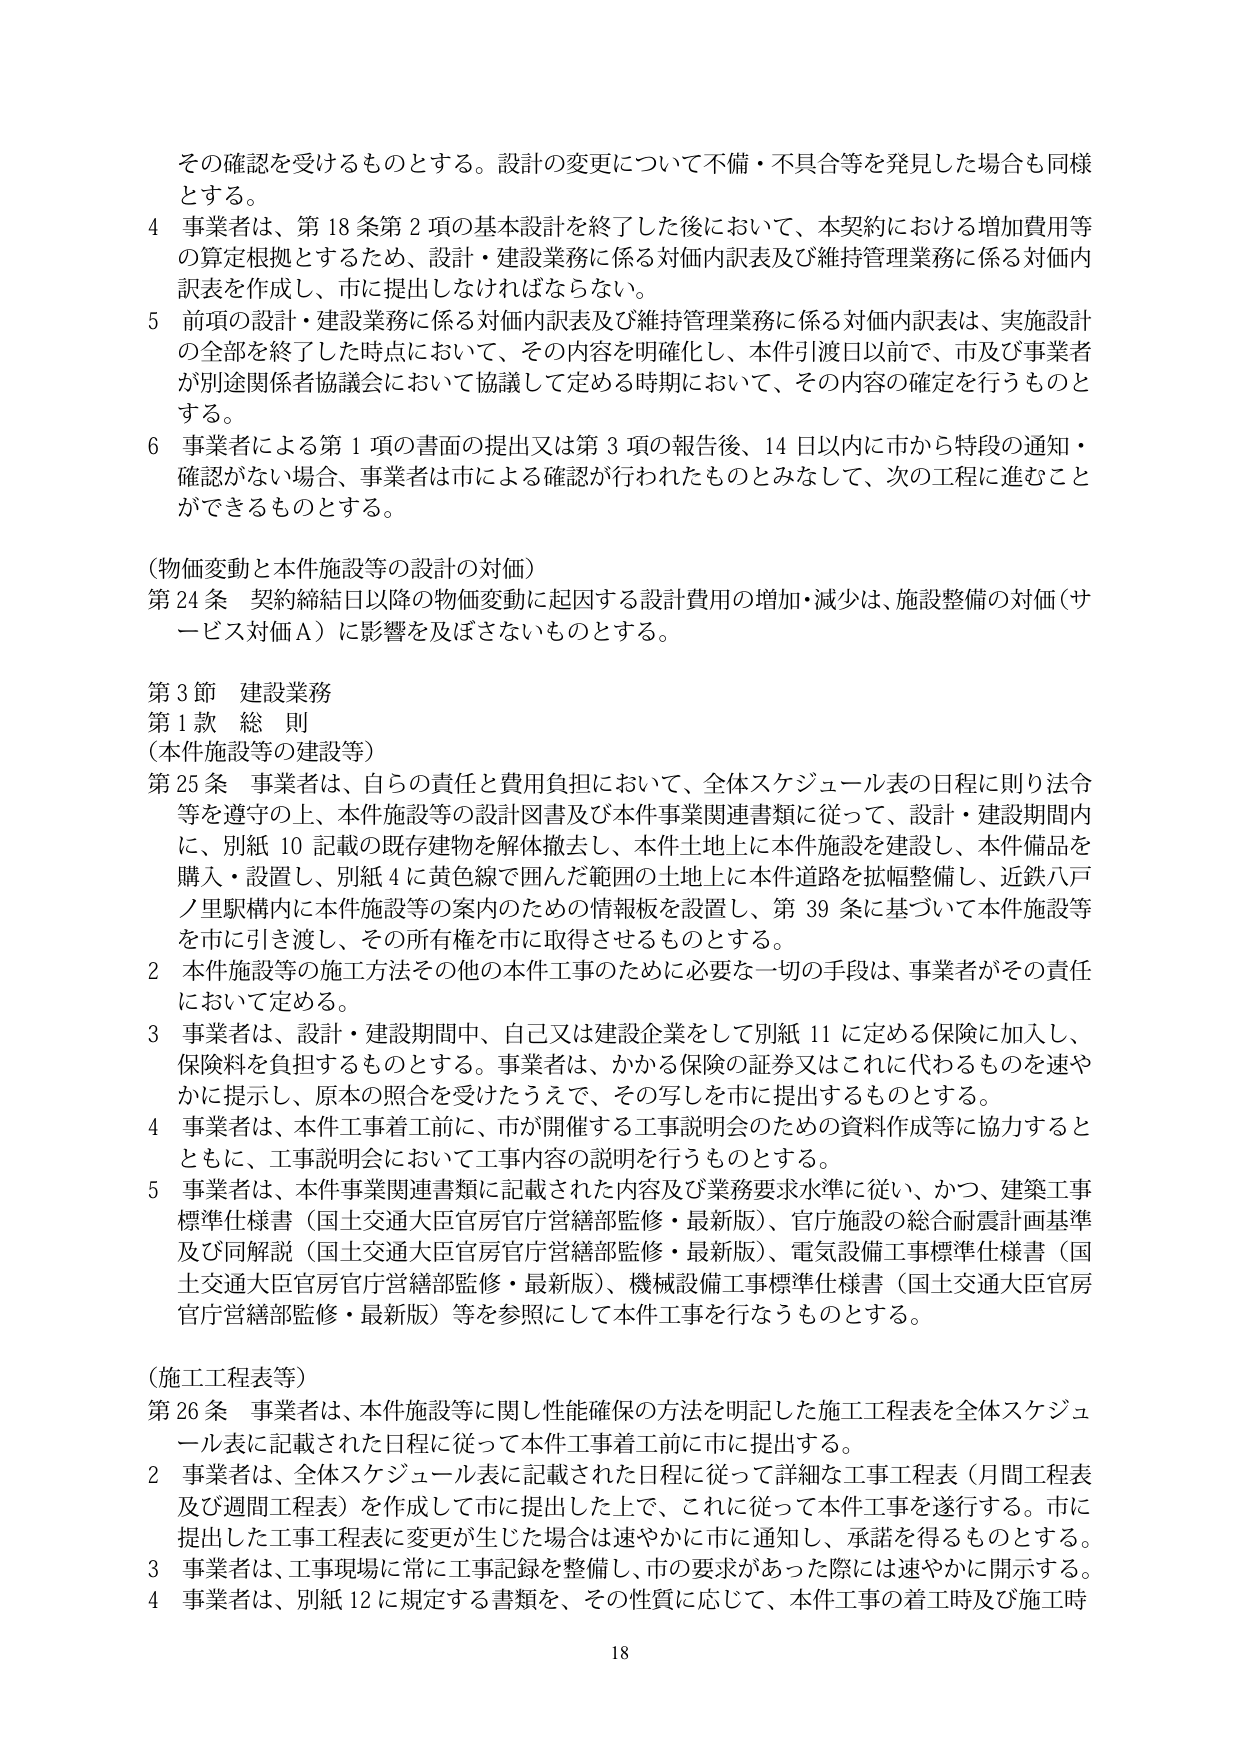
その確認を受けるものとする。設計の変更について不備・不具合等を発見した場合も同様とする。

4 事業者は、第18条第2項の基本設計を終了した後において、本契約における増加費用等の算定根拠とするため、設計・建設業務に係る対価内訳表及び維持管理業務に係る対価内訳表を作成し、市に提出しなければならない。

5 前項の設計・建設業務に係る対価内訳表及び維持管理業務に係る対価内訳表は、実施設計の全部を終了した時点において、その内容を明確化し、本件引渡日以前で、市及び事業者が別途関係者協議会において協議して定める時期において、その内容の確定を行うものとする。

6 事業者による第1項の書面の提出又は第3項の報告後、14日以内に市から特段の通知・確認がない場合、事業者は市による確認が行われたものとみなして、次の工程に進むことができるものとする。

（物価変動と本件施設等の設計の対価）
第24条 契約締結日以降の物価変動に起因する設計費用の増加・減少は、施設整備の対価（サービス対価A）に影響を及ぼさないものとする。

第3節 建設業務
第1款 総則
（本件施設等の建設等）
第25条 事業者は、自らの責任と費用負担において、全体スケジュール表の日程に則り法令等を遵守の上、本件施設等の設計図書及び本件事業関連書類に従って、設計・建設期間内に、別紙10記載の既存建物を解体撤去し、本件土地上に本件施設を建設し、本件備品を購入・設置し、別紙4に黄色線で囲んだ範囲の土地上に本件道路を拡幅整備し、近鉄八戸ノ里駅構内に本件施設等の案内のための情報板を設置し、第39条に基づいて本件施設等を市に引き渡し、その所有権を市に取得させるものとする。

2 本件施設等の施工方法その他本件工事のために必要な一切の手段は、事業者がその責任において定める。

3 事業者は、設計・建設期間中、自己又は建設企業として別紙11に定める保険に加入し、保険料を負担するものとする。事業者は、かかる保険の証券又はこれに代わるものを速やかに提示し、原本の照合を受けたうえで、その写しを市に提出するものとする。

4 事業者は、本件工事着工前に、市が開催する工事説明会のための資料作成等に協力するとともに、工事説明会において工事内容の説明を行うものとする。

5 事業者は、本件事業関連書類に記載された内容及び業務要求水準に従い、かつ、建築工事標準仕様書（国土交通大臣官房官庁営繕部監修・最新版）、官庁施設の総合耐震計画基準及び同解説（国土交通大臣官房官庁営繕部監修・最新版）、電気設備工事標準仕様書（国土交通大臣官房官庁営繕部監修・最新版）、機械設備工事標準仕様書（国土交通大臣官房官庁営繕部監修・最新版）等を参照にして本件工事を行うものとする。

（施工工程表等）
第26条 事業者は、本件施設等に関し性能確保の方法を明記した施工工程表を全体スケジュール表に記載された日程に従って本件工事着工前に市に提出する。

2 事業者は、全体スケジュール表に記載された日程に従って詳細な工事工程表（月間工程表及び週間工程表）を作成して市に提出した上で、これに従って本件工事を遂行する。市に提出した工事工程表に変更が生じた場合は速やかに市に通知し、承諾を得るものとする。

3 事業者は、工事現場に常に工事記録を整備し、市の要求があった際には速やかに開示する。

4 事業者は、別紙12に規定する書類を、その性質に応じて、本件工事の着工時及び施工時

18